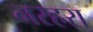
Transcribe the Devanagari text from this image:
नरहरा